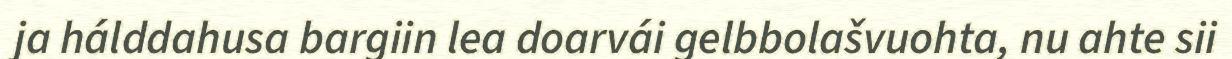
ja hálddahusa bargiin lea doarvái gelbbolašvuohta, nu ahte sii